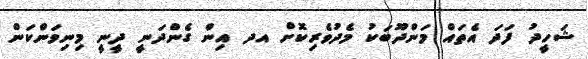
ޝަހީދު ފަދަ އެތައް މަންދޫބަކު މެދުވެރިކޮށް އދ އިން ގެންދަނީ ދީނީ މިނިވަންކަން